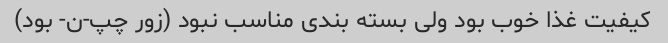
کیفیت غذا خوب بود ولی بسته بندی مناسب نبود (زور چپ-ن- بود)